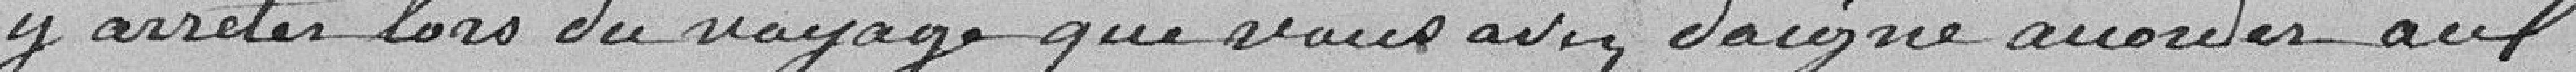
y arrêter lors du voyage que vous avez daigné accorder aux